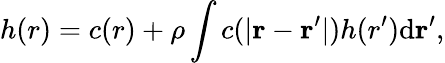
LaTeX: h(r)=c(r)+\rho\int c(|\mathbf{r}-\mathbf{r^{\prime}}|)h(r^{\prime})\mathrm{d}\mathbf{r^{\prime}},